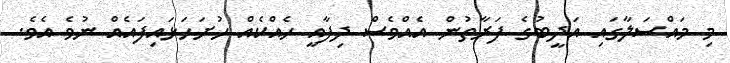
މި މައްސަލާގައި އަދީބުގެ ފަރާތުން އެއްވެސް ދިފާއީ ހެއްކެއް ހުށަހަޅައިފައެއް ނުވެ އެވެ.